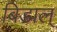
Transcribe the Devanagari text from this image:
बिडाल्